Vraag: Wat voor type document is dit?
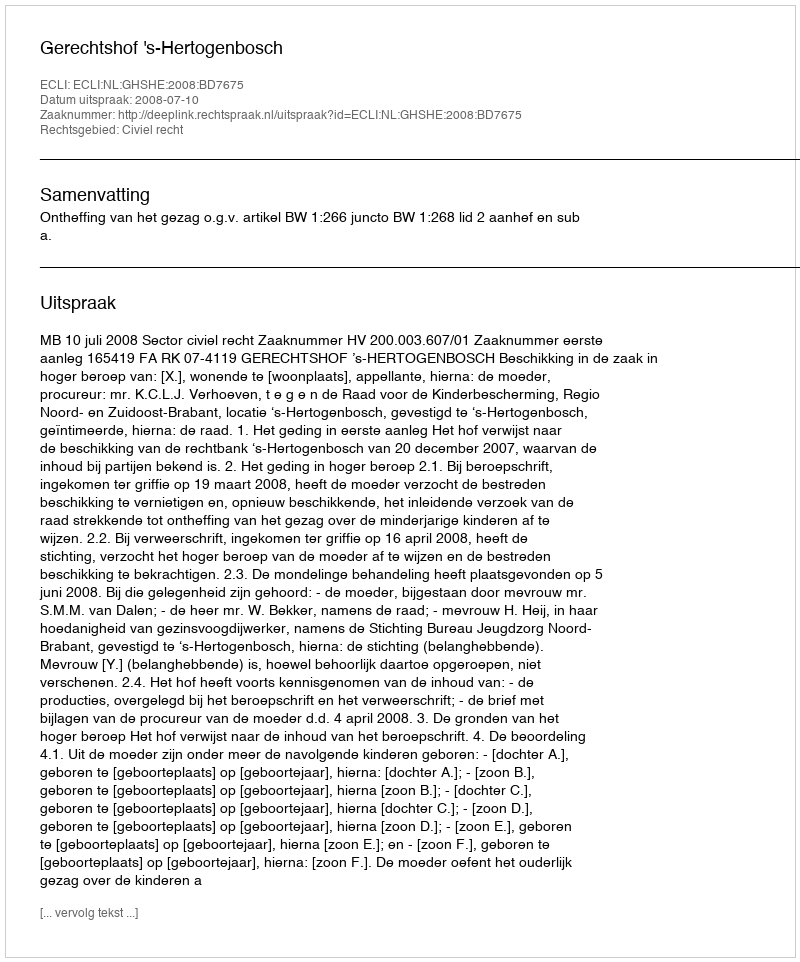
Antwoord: Uitspraak